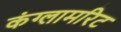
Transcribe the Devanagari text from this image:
कंग्लामरिट